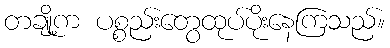
တချို့က ပစ္စည်းတွေထုပ်ပိုးနေကြသည်။